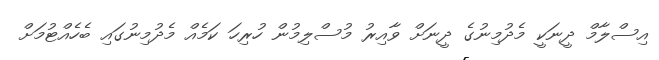
އިސްލާމް ދީނަކީ މެދުމިނުގެ ދީނަށް ވާއިރު މުސްލިމުން ހުރިހަ ކަމެއް މެދުމިނުގައި ބެހެއްޓުމަށް